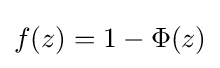
f(z)=1-\Phi (z)